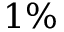
1 \%